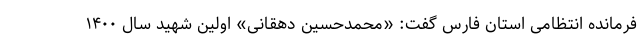
فرمانده انتظامی استان فارس گفت: «محمدحسین دهقانی» اولین شهید سال ۱۴۰۰